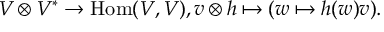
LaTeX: V \otimes V ^ { * } \to \operatorname { H o m } ( V , V ) , v \otimes h \mapsto ( w \mapsto h ( w ) v ) .